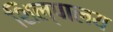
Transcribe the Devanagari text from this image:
शिल्पालय